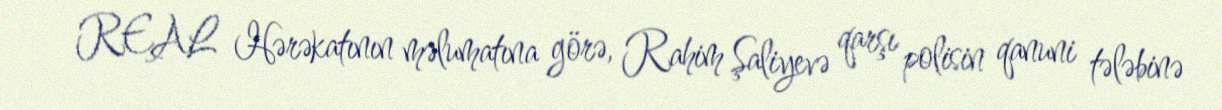
REAL Hərəkatının məlumatına görə, Rahim Şaliyevə qarşı polisin qanuni tələbinə